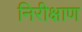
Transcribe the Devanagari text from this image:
निरीक्षाण